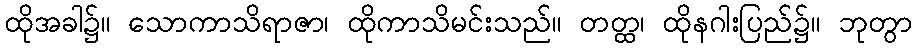
ထိုအခါ၌။ သောကာသိရာဇာ၊ ထိုကာသိမင်းသည်။ တတ္ထ၊ ထိုနဂါးပြည်၌။ ဘုတွာ